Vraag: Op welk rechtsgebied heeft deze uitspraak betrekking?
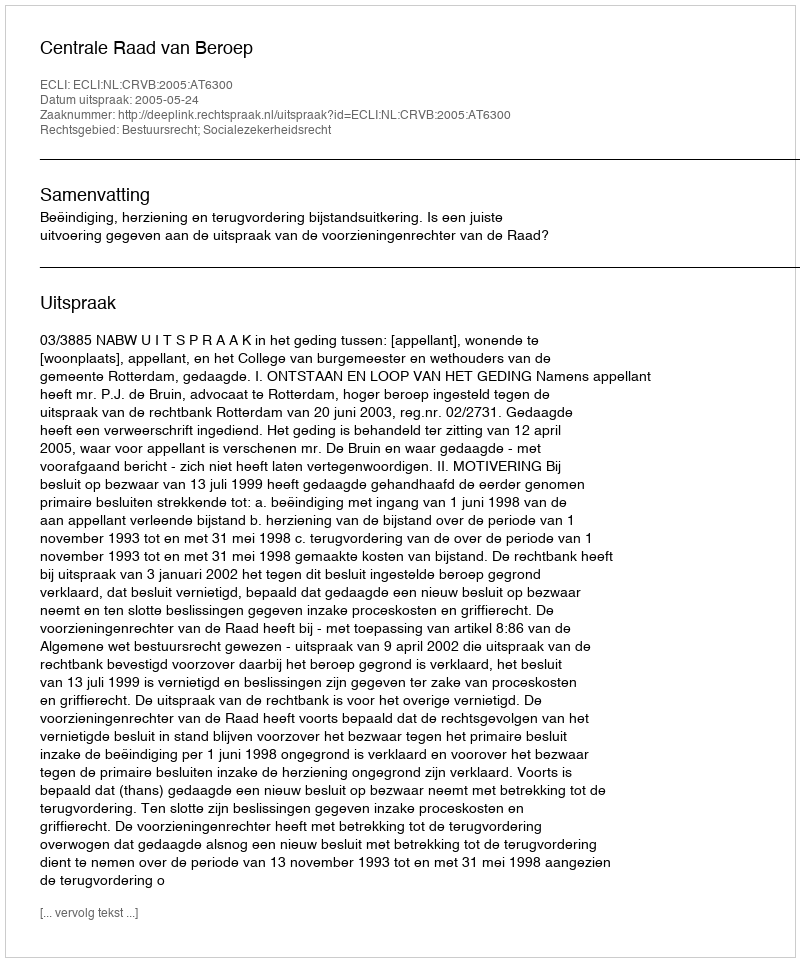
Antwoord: Bestuursrecht; Socialezekerheidsrecht